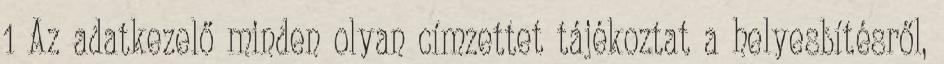
1 Az adatkezelő minden olyan címzettet tájékoztat a helyesbítésről,